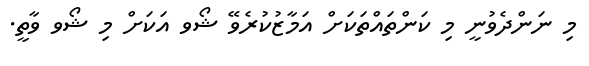
މި ނަންދެވުނީ މި ކަންތައްތަކަށް އަމާޒުކުރެވޭ ޝޯވ އަކަށް މި ޝޯވ ވާތީ.